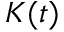
{ \mathbf { } } K ( t )